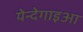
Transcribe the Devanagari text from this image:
येन्देगाइआ